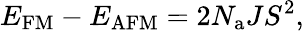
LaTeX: E_{\mathrm{FM}}-E_{\mathrm{AFM}}=2N_{\mathrm{a}}JS^{2},